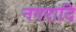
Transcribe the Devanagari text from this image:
नगरादि